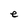
Character: e